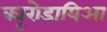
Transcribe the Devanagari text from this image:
क्यूरोडायिआ